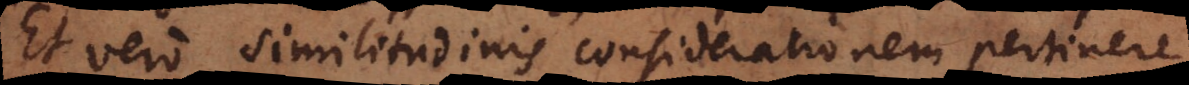
Et vero similitudinis considerationem pertinere